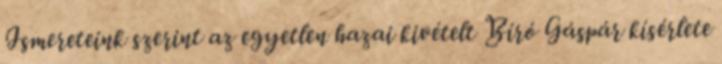
Ismereteink szerint az egyetlen hazai kivételt Bíró Gáspár kísérlete